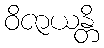
ဝိဇာယန္တိ